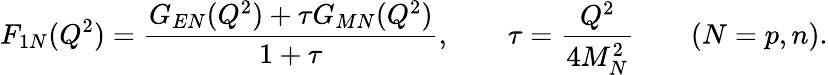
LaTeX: F_{1N}(Q^{2})=\frac{G_{EN}(Q^{2})+\tau G_{MN}(Q^{2})}{1+\tau},\qquad\tau=\frac{Q^{2}}{4M_{N}^{2}}\qquad(N=p,n).